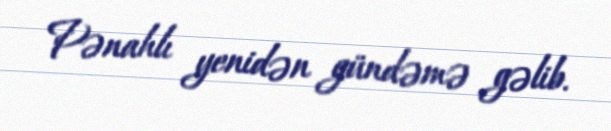
Pənahlı yenidən gündəmə gəlib.